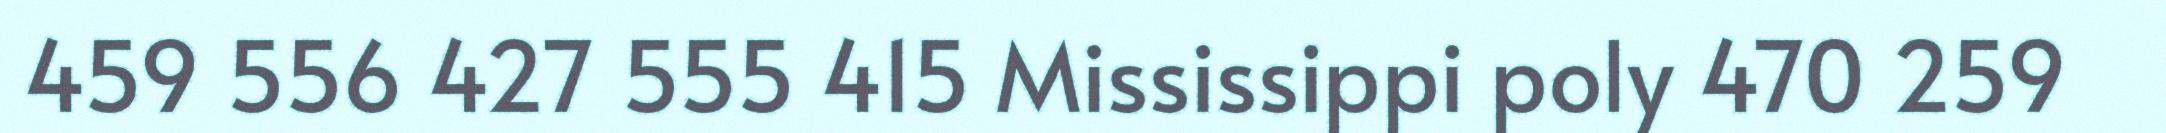
459 556 427 555 415 Mississippi poly 470 259